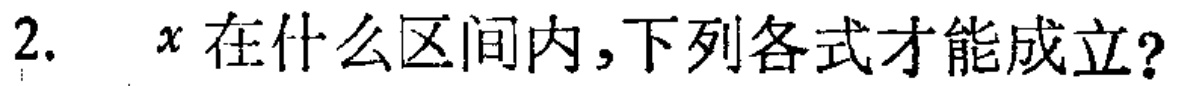
2. \(x\)在什么区间内,下列各式才能成立?